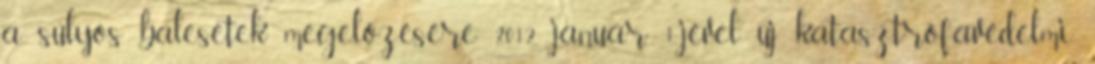
a súlyos balesetek megelőzésére 2012. január 1.-jével új katasztrófavédelmi